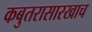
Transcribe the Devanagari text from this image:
कबुतरासारखाच